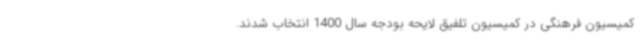
کمیسیون فرهنگی در کمیسیون تلفیق لایحه بودجه سال 1400 انتخاب شدند.